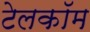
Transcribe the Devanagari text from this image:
टेलकॉम